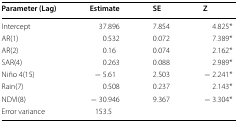
<table><thead><tr><td><b>Parameter (Lag)</b></td><td><b>Estimate</b></td><td><b>SE</b></td><td><b>Z</b></td></tr></thead><tbody><tr><td>Intercept</td><td>37.896</td><td>7.854</td><td>4.825*</td></tr><tr><td>AR(1)</td><td>0.532</td><td>0.072</td><td>7.389*</td></tr><tr><td>AR(2)</td><td>0.16</td><td>0.074</td><td>2.162*</td></tr><tr><td>SAR(4)</td><td>0.263</td><td>0.088</td><td>2.989*</td></tr><tr><td>Niño 4(15)</td><td>− 5.61</td><td>2.503</td><td>− 2.241*</td></tr><tr><td>Rain(7)</td><td>0.508</td><td>0.237</td><td>2.143*</td></tr><tr><td>NDVI(8)</td><td>− 30.946</td><td>9.367</td><td>− 3.304*</td></tr><tr><td>Error variance</td><td>153.5</td><td></td><td></td></tr></tbody></table>